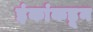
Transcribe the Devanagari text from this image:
इंकांकडून